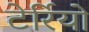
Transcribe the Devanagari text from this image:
टेर्रियो